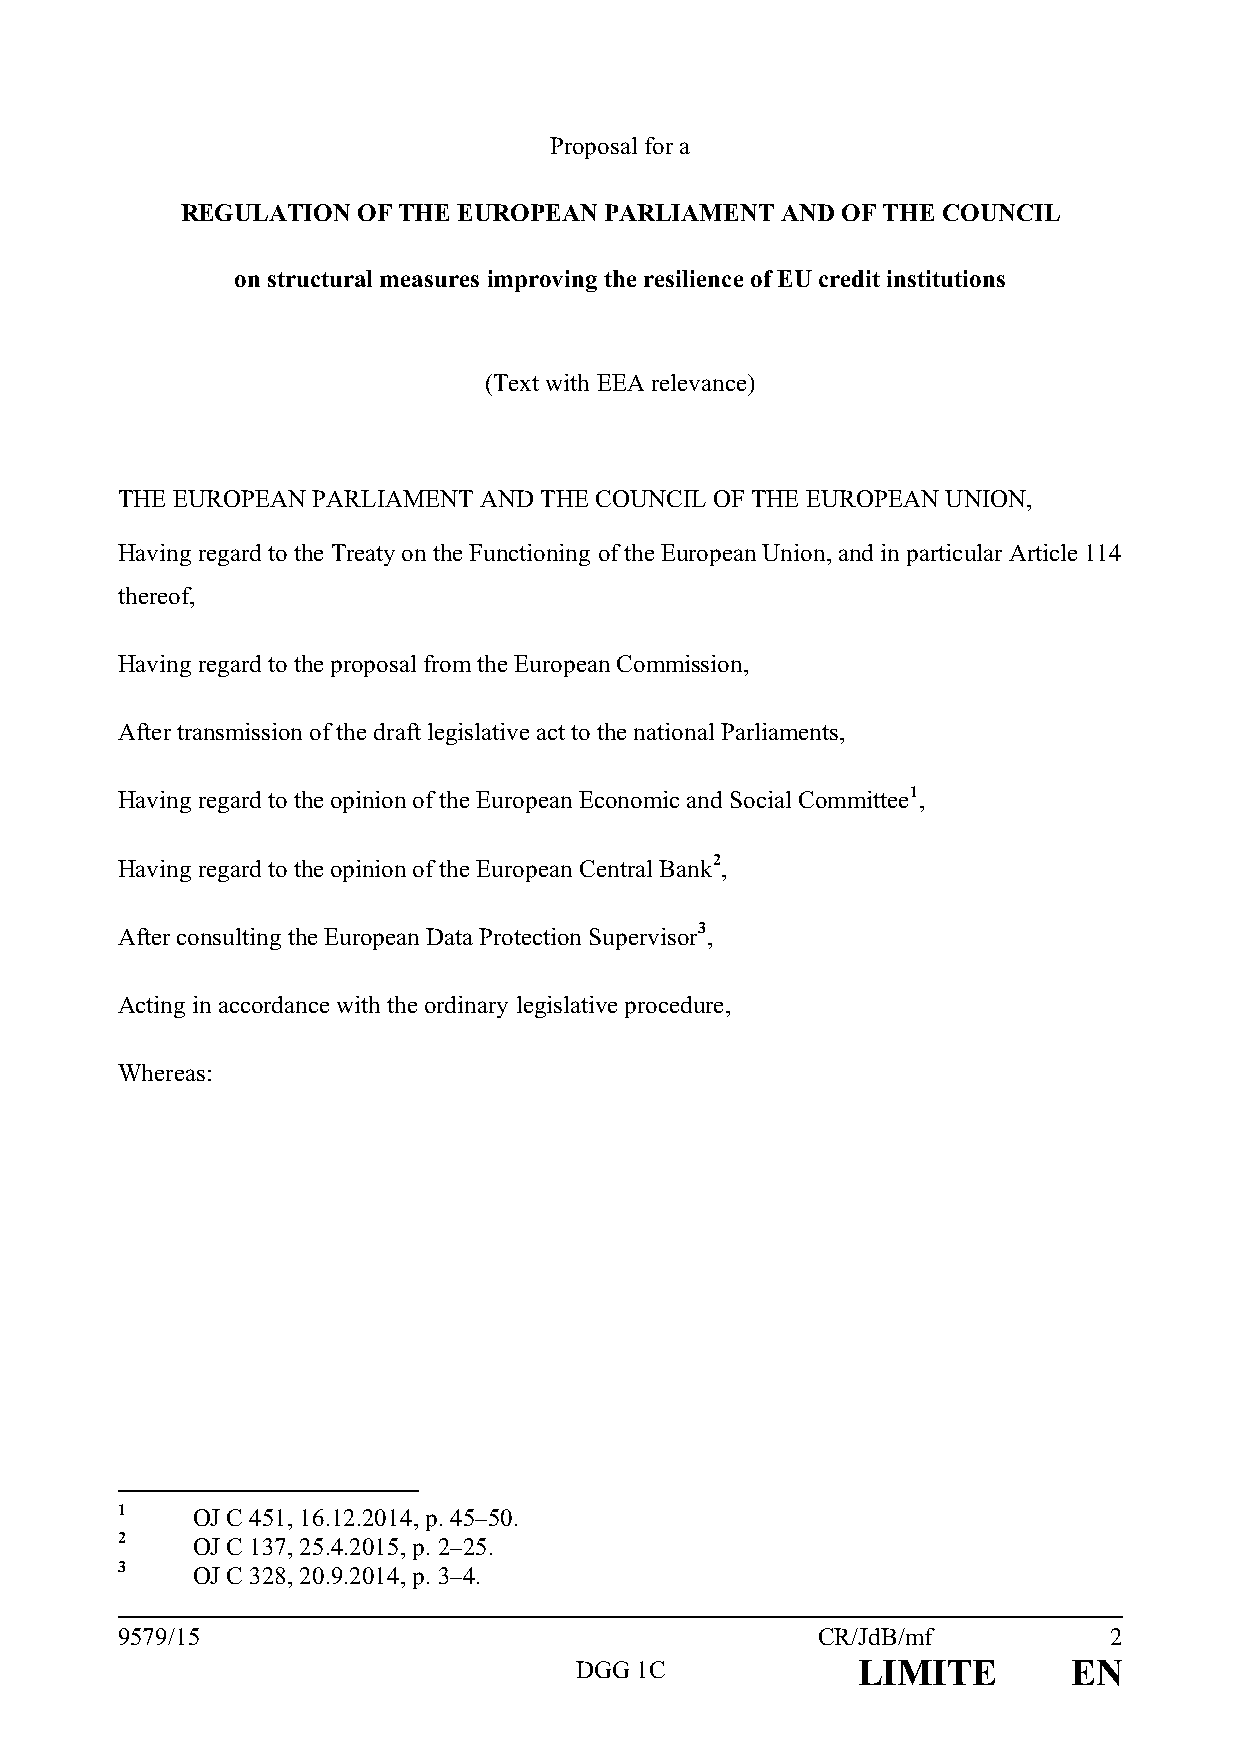
Proposal for a
 REGULATION  OF THE EUROPEAN PARLIAMENT  AND OF THE COUNCIL
 on structural measures improving the resilience of EU credit institutions
 (Text with EEA relevance)
 THE EUROPEAN PARLIAMENT AND THE COUNCIL OF THE EUROPEAN UNION,
 Having regard to the Treaty on the Functioning of the European Union, and in particular Article 114
 thereof,
 Having regard to the proposal from the European Commission,
 After transmission of the draft legislative act to the national Parliaments,
 Having regard to the opinion of the European Economic and Social Committee1,
 Having regard to the opinion of the European Central Bank2,
 After consulting the European Data Protection Supervisor3,
 Acting in accordance with the ordinary legislative procedure,
 Whereas:
 1    OJ C 451, 16.12.2014, p. 45–50.
 2    OJ C 137, 25.4.2015, p. 2–25.
 3    OJ C 328, 20.9.2014, p. 3–4.
 9579/15                                       CR/JdB/mf          2
 DGG 1C             LIMITE        EN